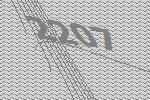
2207